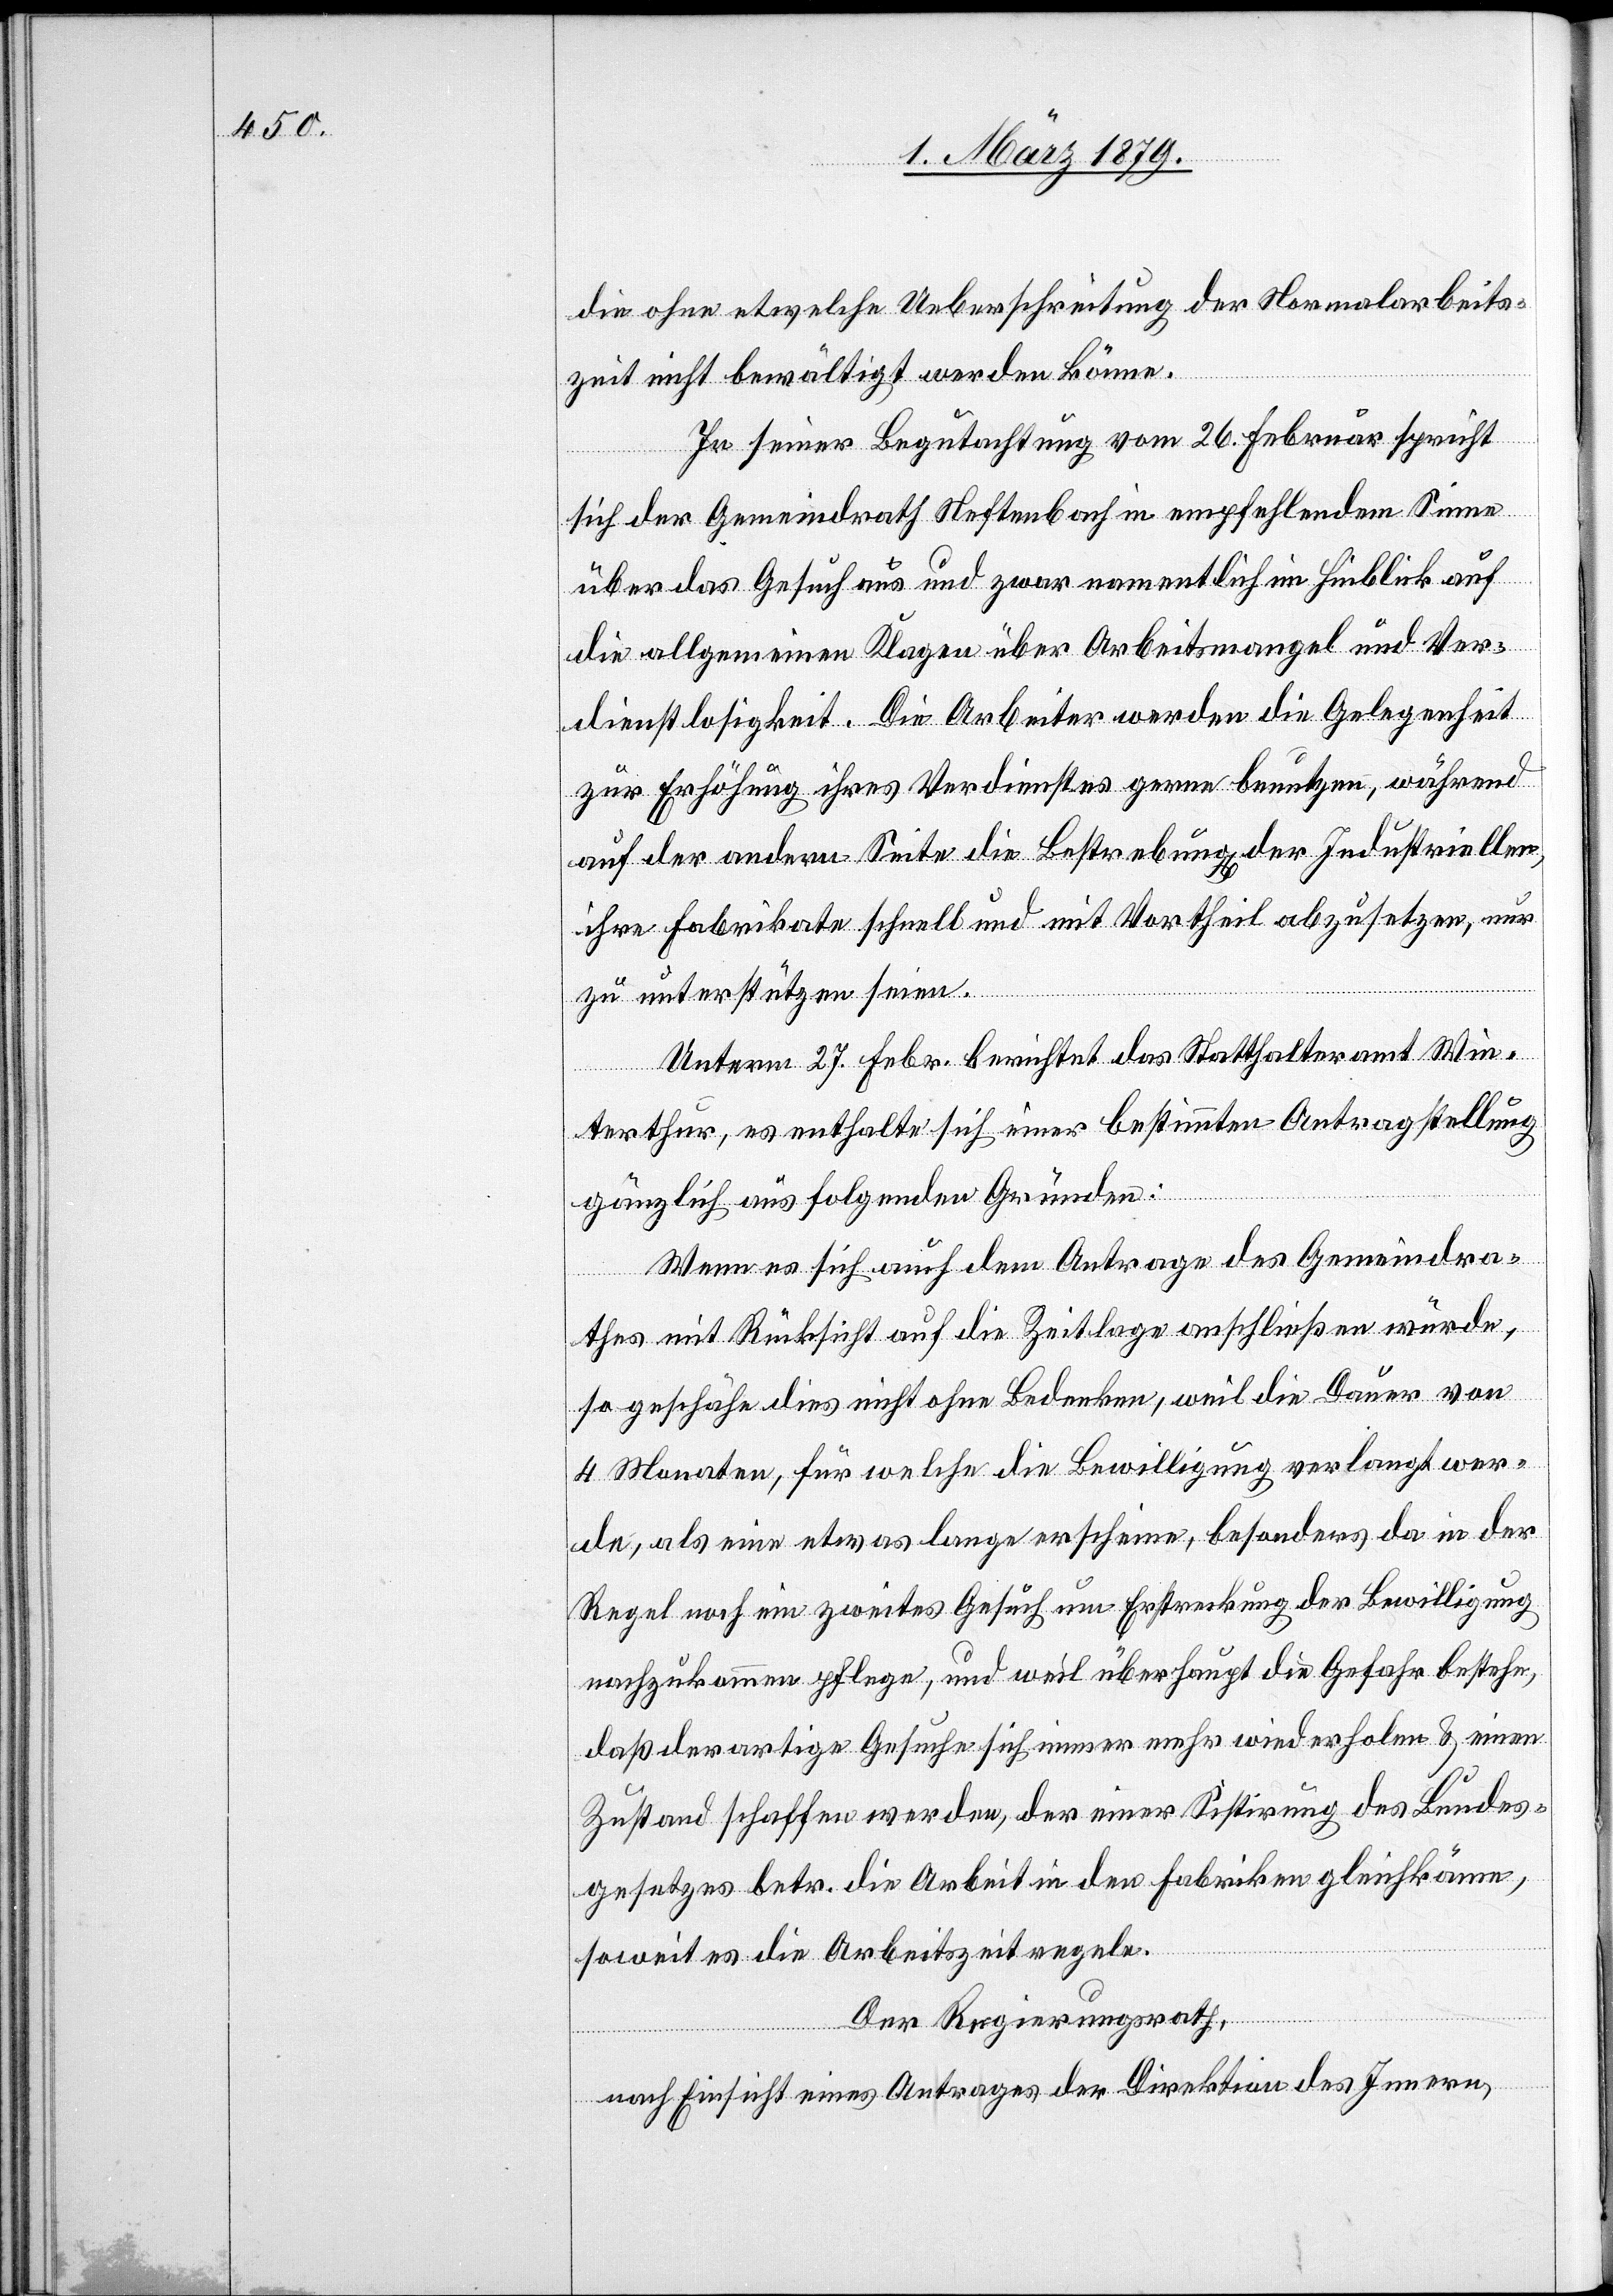
die ohne etwelche Ueberschreitung der Normalarbeits¬
zeit nicht bewältigt werden könne.
In seiner Begutachtung vom 26. Februar spricht
sich der Gemeindrath Neftenbach in empfehlendem Sinne
über das Gesuch aus und zwar namentlich im Hinblick auf
die allgemeinen Klagen über Arbeitsmangel und Ver¬
dienstlosigkeit. Die Arbeiter werden die Gelegenheit
zur Erhöhung ihres Verdienstes gerne benutzen, während
auf der andern Seite die Bestrebung[en] der Industriellen,
ihre Fabrikate schnell und mit Vortheil abzusetzen, nur
zu unterstützen seien.
Unterm 27. Febr. berichtet das Statthalteramt Win¬
terthur, es enthalte sich einer bestimmten Antragstellung
gänzlich aus folgenden Gründen:
Wenn es sich auch dem Antrage des Gemeindra¬
thes mit Rücksicht auf die Zeitlage anschließen würde,
so geschähe dies nicht ohne Bedenken, weil die Dauer von
4 Monaten, für welche die Bewilligung verlangt wer¬
de, als eine etwas lange erscheine, besonders da in der
Regel noch ein zweites Gesuch um Erstreckung der Bewilligung
nachzukommen pflege, und weil überhaupt die Gefahr bestehe,
daß derartige Gesuche sich immer mehr wiederholen & einen
Zustand schaffen werden, der einer Sistirung des Bundes¬
gesetzes betr. die Arbeit in den Fabriken gleichkäme,
soweit es die Arbeitszeit regele.
Der Regierungsrath,
nach Einsicht eines Antrages der Direktion des Innern,